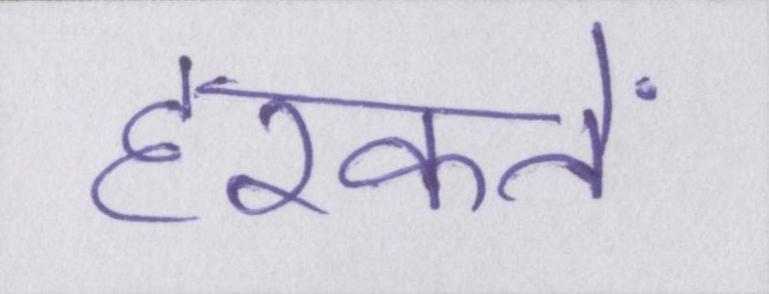
हरकतें